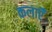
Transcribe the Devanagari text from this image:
कलाऍँ